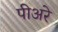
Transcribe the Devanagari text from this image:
पीअरे